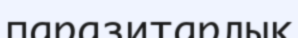
паразитарлық